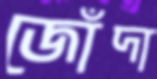
জোঁদা